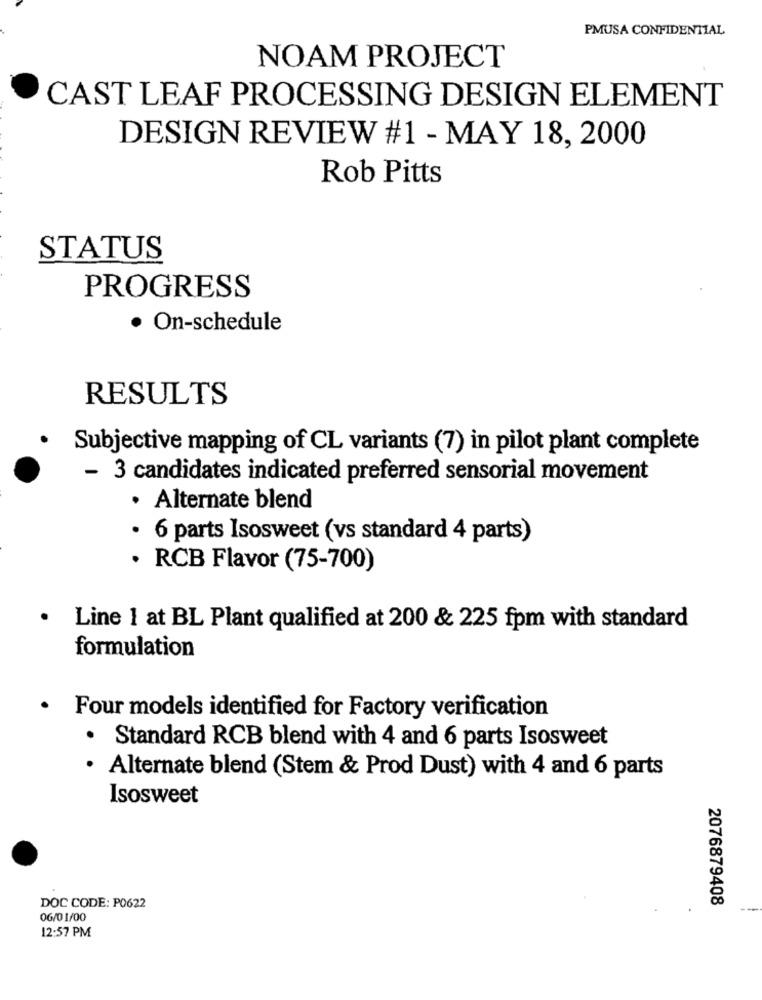
PMUSA CONFIDENTIAL
NOAM PROJECT
CAST LEAF PROCESSING DESIGN ELEMENT
DESIGN REVIEW #1 - MAY 18, 2000
Rob Pitts
STATUS
PROGRESS
· On-schedule
RESULTS
Subjective mapping of CL variants (7) in pilot plant complete
- 3 candidates indicated preferred sensorial movement
· Alternate blend
· 6 parts Isosweet (vs standard 4 parts)
· RCB Flavor (75-700)
Line 1 at BL Plant qualified at 200 & 225 fpm with standard
formulation
Four models identified for Factory verification
· Standard RCB blend with 4 and 6 parts Isosweet
Alternate blend (Stem & Prod Dust) with 4 and 6 parts
Isosweet
2076879408
DOC CODE: P0622
06/0 1/00
12:57 PM